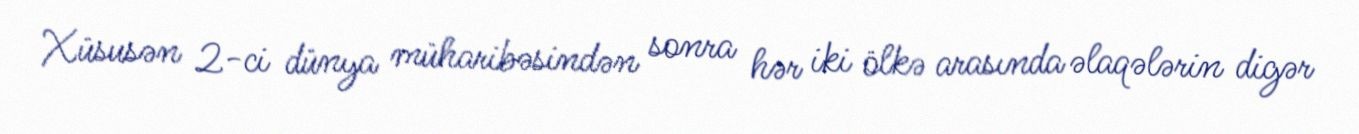
Xüsusən 2-ci dünya müharibəsindən sonra hər iki ölkə arasında əlaqələrin digər